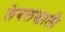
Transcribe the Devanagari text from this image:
लेबलखाली